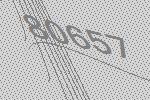
80657